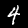
Digit: 4